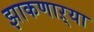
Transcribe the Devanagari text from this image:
झाकणाऱ्या